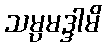
သမ္ပမဒ္ဒါမိ